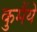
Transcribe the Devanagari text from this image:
कुमैंये